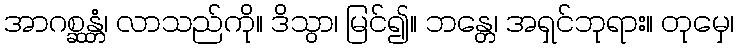
အာဂစ္ဆန္တံ၊ လာသည်ကို။ ဒိသွာ၊ မြင်၍။ ဘန္တေ၊ အရှင်ဘုရား။ တုမှေ၊